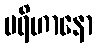
ပရိဟာနော